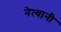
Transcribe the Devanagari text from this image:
नेत्यानी